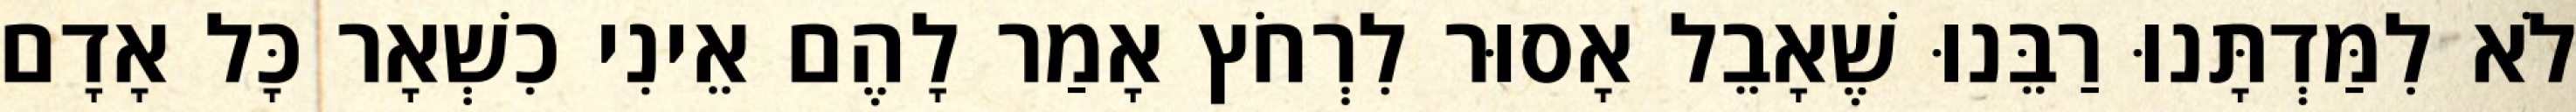
לֹא לִמַּדְתָּנוּ רַבֵּנוּ שֶׁאָבֵל אָסוּר לִרְחֹץ אָמַר לָהֶם אֵינִי כִשְׁאָר כָּל אָדָם